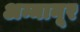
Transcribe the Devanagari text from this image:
अम्मानूर